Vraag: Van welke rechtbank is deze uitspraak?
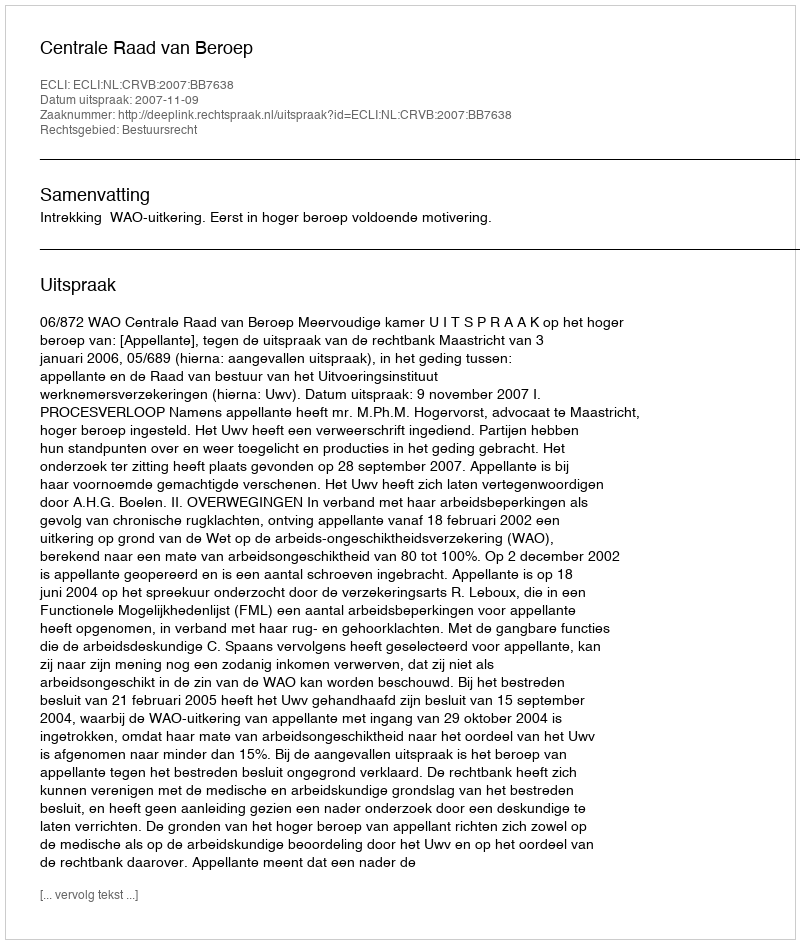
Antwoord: Centrale Raad van Beroep